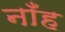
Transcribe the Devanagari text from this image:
नाँह